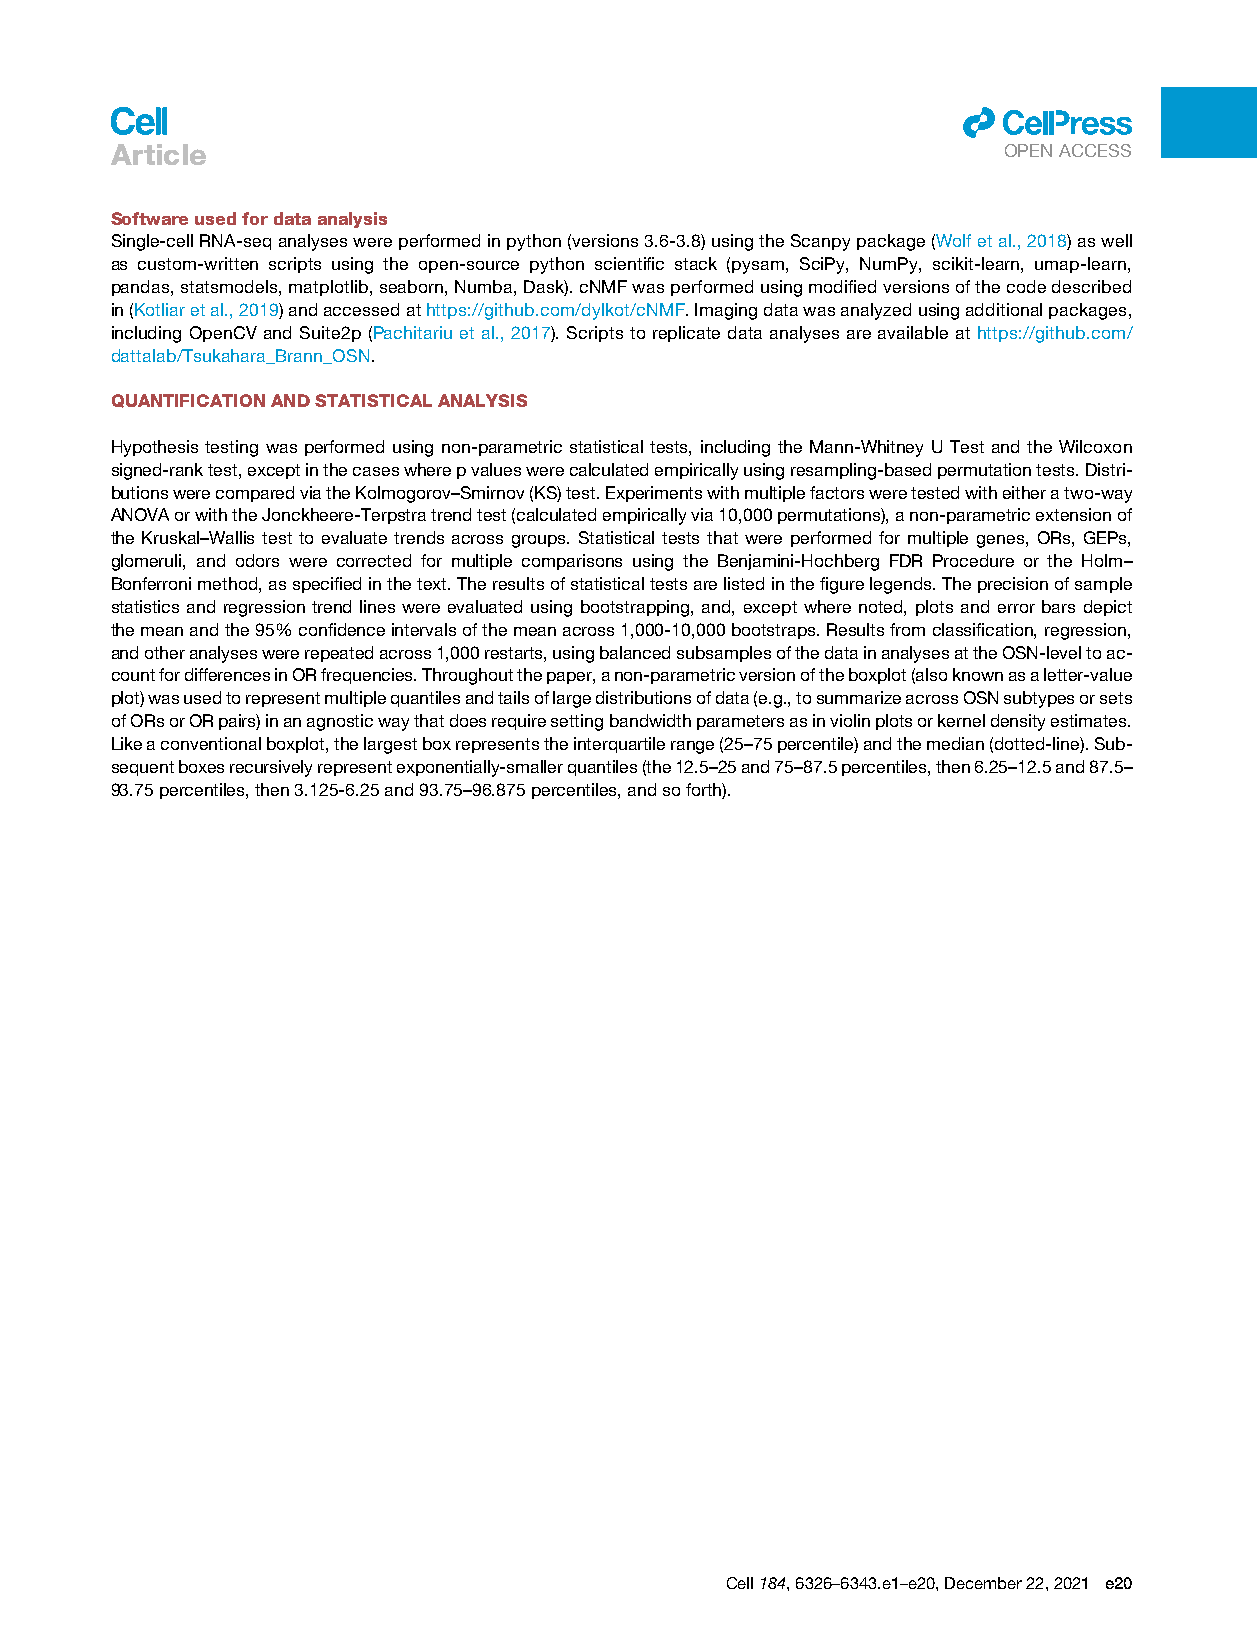
ll
 Article
 OPENACCESS
 Softwareusedfordataanalysis
 Single-cellRNA-seqanalyseswereperformedinpython(versions3.6-3.8)usingtheScanpypackage(Wolfetal.,2018)aswell
 as custom-written scripts using the open-source python scientific stack (pysam, SciPy, NumPy, scikit-learn, umap-learn,
 pandas,statsmodels,matplotlib,seaborn,Numba,Dask).cNMFwasperformedusingmodifiedversionsofthecodedescribed
 in(Kotliaretal.,2019)andaccessedathttps://github.com/dylkot/cNMF.Imagingdatawasanalyzedusingadditionalpackages,
 including OpenCV and Suite2p (Pachitariu et al., 2017). Scripts to replicate data analyses are available at https://github.com/
 dattalab/Tsukahara_Brann_OSN.
 QUANTIFICATIONANDSTATISTICALANALYSIS
 Hypothesis testing was performed using non-parametric statistical tests, including the Mann-Whitney U Test and the Wilcoxon
 signed-ranktest,exceptinthecaseswherepvalueswerecalculatedempiricallyusingresampling-basedpermutationtests.Distri-
 butionswerecomparedviatheKolmogorov–Smirnov(KS)test.Experimentswithmultiplefactorsweretestedwitheitheratwo-way
 ANOVAorwiththeJonckheere-Terpstratrendtest(calculatedempiricallyvia10,000permutations),anon-parametricextensionof
 the Kruskal–Wallis test to evaluate trends across groups. Statistical tests that were performed for multiple genes, ORs, GEPs,
 glomeruli, and odors were corrected for multiple comparisons using the Benjamini-Hochberg FDR Procedure or the Holm–
 Bonferronimethod,asspecifiedinthetext.Theresultsofstatisticaltestsarelistedinthefigurelegends.Theprecisionofsample
 statistics and regression trend lines were evaluated using bootstrapping, and, except where noted, plots and error bars depict
 themeanandthe95%confidenceintervalsofthemeanacross1,000-10,000bootstraps.Resultsfromclassification,regression,
 andotheranalyseswererepeatedacross1,000restarts,usingbalancedsubsamplesofthedatainanalysesattheOSN-leveltoac-
 countfordifferencesinORfrequencies.Throughoutthepaper,anon-parametricversionoftheboxplot(alsoknownasaletter-value
 plot)wasusedtorepresentmultiplequantilesandtailsoflargedistributionsofdata(e.g.,tosummarizeacrossOSNsubtypesorsets
 ofORsorORpairs)inanagnosticwaythatdoesrequiresettingbandwidthparametersasinviolinplotsorkerneldensityestimates.
 Likeaconventionalboxplot,thelargestboxrepresentstheinterquartilerange(25–75percentile)andthemedian(dotted-line).Sub-
 sequentboxesrecursivelyrepresentexponentially-smallerquantiles(the12.5–25and75–87.5percentiles,then6.25–12.5and87.5–
 93.75percentiles,then3.125-6.25and93.75–96.875percentiles,andsoforth).
 Cell184,6326–6343.e1–e20,December22,2021 e20